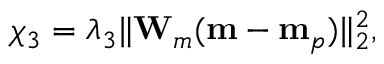
\chi _ { 3 } = \lambda _ { 3 } \| \mathbf { W } _ { m } ( \mathbf { m } - \mathbf { m } _ { p } ) \| _ { 2 } ^ { 2 } ,